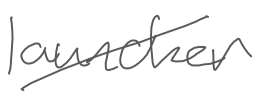
Text: launcher
Cross-out: diagonal
Writing tool: digital_gray